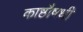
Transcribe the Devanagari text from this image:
काष्ठौषधी